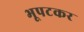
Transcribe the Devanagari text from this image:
भूपटकर